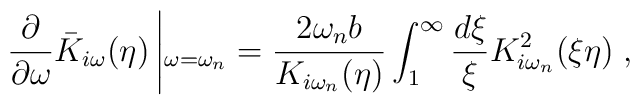
\frac{\partial }{\partial \omega }\bar{K}_{i\omega}(\eta )\left|  _{\omega =\omega _n}=\frac{2\omega _n b}{K_{i\omega _n}(\eta )}  \int_{1}^{\infty }\frac{d\xi }{\xi }K_{i\omega _n}^{2}(\xi \eta  )\right.,